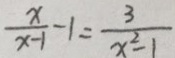
\frac { x } { x - 1 } - 1 = \frac { 3 } { x ^ { 2 } - 1 }